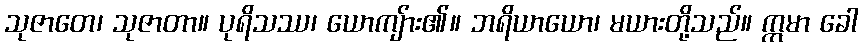
သုဇာတေ၊ သုဇာတာ။ ပုရိသဿ၊ ယောကျ်ား၏။ ဘရိယာယော၊ မယားတို့သည်။ ဣမာ ခေါ